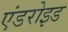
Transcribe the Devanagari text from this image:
एंडरोइड